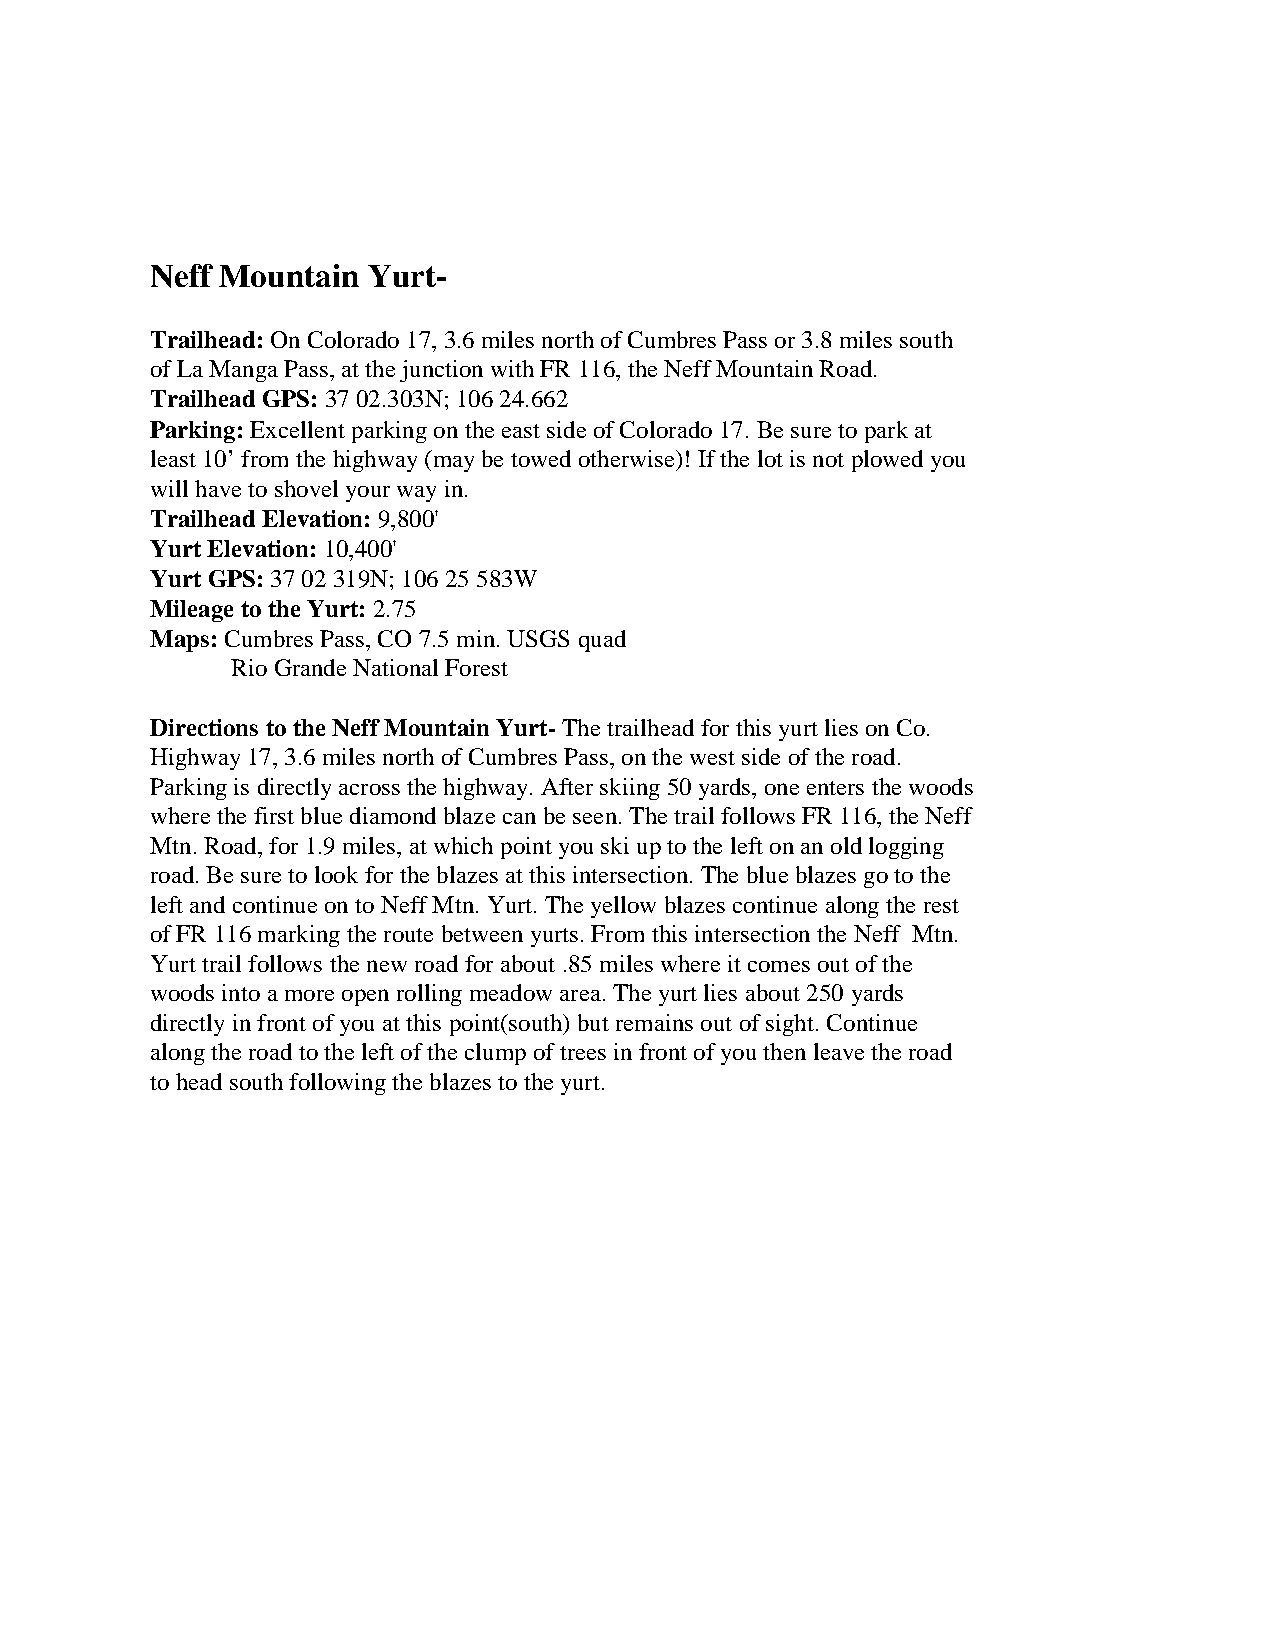
Neff Mountain Yurt-
 Trailhead: On Colorado 17, 3.6 miles north of Cumbres Pass or 3.8 miles south
 of La Manga Pass, at the junction with FR 116, the Neff Mountain Road.
 Trailhead GPS:37 02.303N; 106 24.662
 Parking:Excellent parking on the east side of Colorado 17. Be sure to park at
 least 10’ from the highway(may be towed otherwise)! If the lot is not plowed you
 will have to shovel your way in.
 Trailhead Elevation: 9,800'
 Yurt Elevation: 10,400'
 Yurt GPS:37 02 319N; 106 25 583W
 Mileage to the Yurt: 2.75
 Maps:Cumbres Pass, CO 7.5 min. USGS quad
 Rio Grande National Forest
 Directions to the Neff Mountain Yurt-The trailhead for this yurt lies on Co.
 Highway 17, 3.6 miles north of Cumbres Pass, on the west side of the road.
 Parking is directly across the highway. After skiing 50 yards, one enters the woods
 where the first blue diamond blaze can be seen. The trail follows FR 116, the Neff
 Mtn. Road, for 1.9 miles, at which point you ski up to the left on an old logging
 road. Be sure to look for the blazes at this intersection. The blue blazes go to the
 left and continue on to Neff Mtn. Yurt. The yellow blazes continue along the rest
 of FR 116 marking the route between yurts. From this intersection the Neff Mtn.
 Yurt trail follows the new road for about .85 miles where it comes out of the
 woods into a more open rolling meadow area. The yurt lies about 250 yards
 directly in front of you at this point(south) but remains out of sight. Continue
 along the road to the left of the clump of trees in front of you then leave the road
 to head south following the blazes to the yurt.